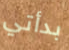
بدأتي